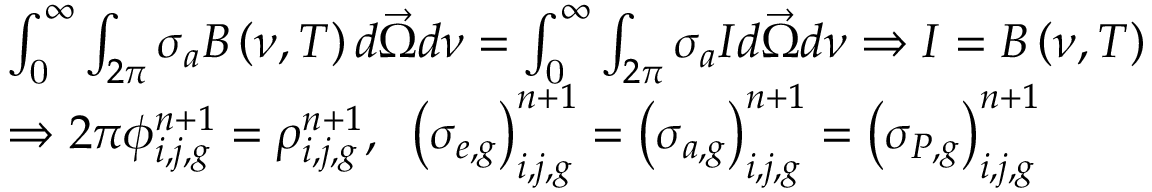
\begin{array} { l } { { \int _ { \mathrm { 0 } } ^ { \infty } \int _ { 2 \pi } \sigma _ { a } B \left( \nu , T \right) d \vec { \Omega } d \nu = \int _ { \mathrm { 0 } } ^ { \infty } \int _ { 2 \pi } \sigma _ { a } I d \vec { \Omega } d \nu \Rightarrow I = B \left( \nu , T \right) } } \\ { { \Rightarrow 2 \pi \phi _ { i , j , g } ^ { n + 1 } = \rho _ { i , j , g } ^ { n + 1 } , \; \; \left( \sigma _ { e , g } \right) _ { i , j , g } ^ { n + 1 } = \left( \sigma _ { a , g } \right) _ { i , j , g } ^ { n + 1 } = \left( \sigma _ { P , g } \right) _ { i , j , g } ^ { n + 1 } } } \end{array}